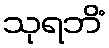
သုရဘိံ